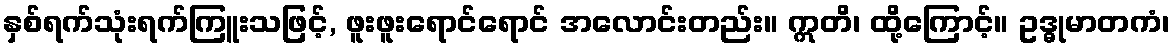
နှစ်ရက်သုံးရက်ကြူးသဖြင့်, ဖူးဖူးရောင်ရောင် အလောင်းတည်း။ ဣတိ၊ ထို့ကြောင့်။ ဥဒ္ဓုမာတကံ၊